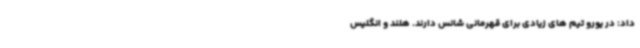
داد: در یورو تیم های زیادی برای قهرمانی شانس دارند. هلند و انگلیس